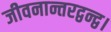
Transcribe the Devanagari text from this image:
जीवनान्तरद्वन्द्व।